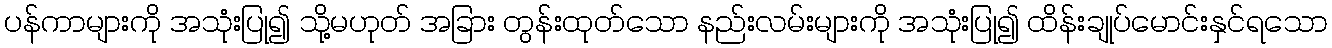
ပန်ကာများကို အသုံးပြု၍ သို့မဟုတ် အခြား တွန်းထုတ်သော နည်းလမ်းများကို အသုံးပြု၍ ထိန်းချုပ်မောင်းနှင်ရသော